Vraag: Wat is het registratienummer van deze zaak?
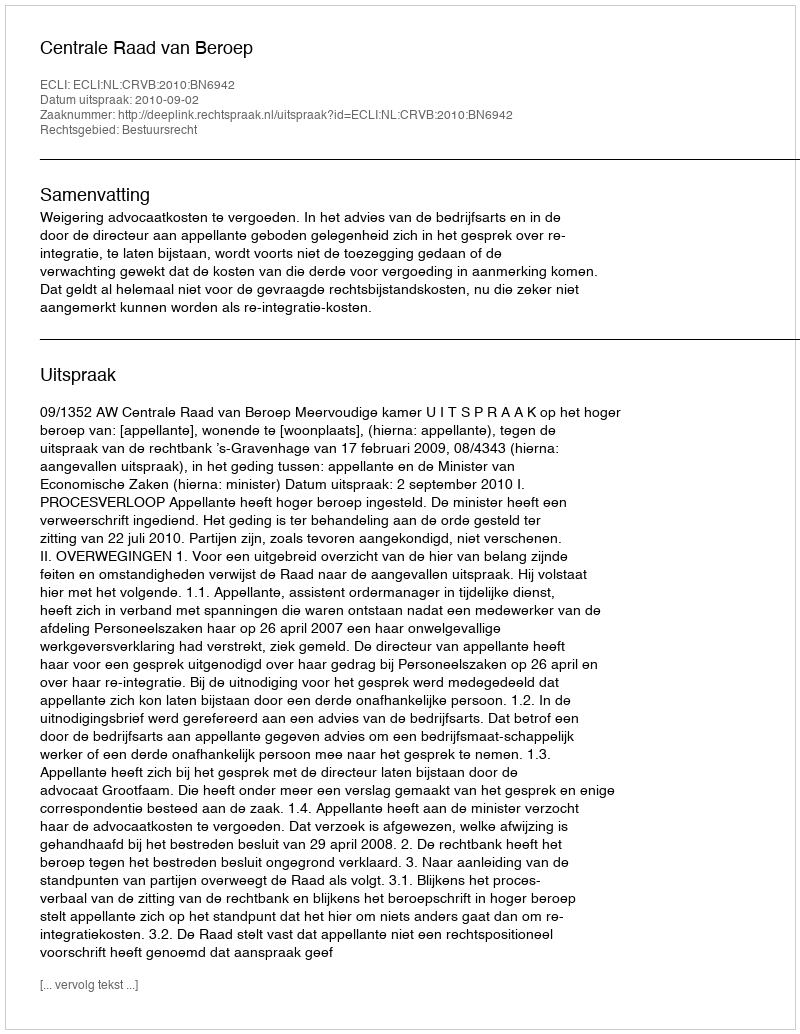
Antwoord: http://deeplink.rechtspraak.nl/uitspraak?id=ECLI:NL:CRVB:2010:BN6942